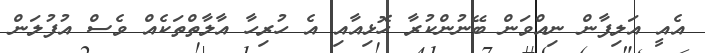
އެއީ އަލިފާން ނިއްވަން ބޭނުންކުރާ ހޮޅިއާއި އެ ހުރިހާ އާލާތްތަކެއް ވެސް އުފުލަން